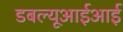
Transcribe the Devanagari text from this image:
डबल्यूआईआई